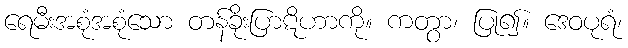
ရေမီးအစုံအစုံသော တန်ခိုးပြာဋိဟာကို။ ကတွာ၊ ပြု၍။ ဒေဝပုရံ၊